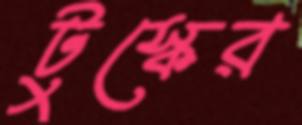
টুস্কের